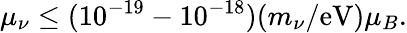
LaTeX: \mu_{\nu}\leq(10^{-19}-10^{-18})(m_{\nu}/\mathrm{eV})\mu_{B}.